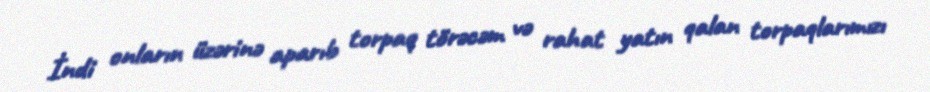
İndi onların üzərinə aparıb torpaq törəcəm və rahat yatın qalan torpaqlarımızı